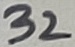
Text: 32